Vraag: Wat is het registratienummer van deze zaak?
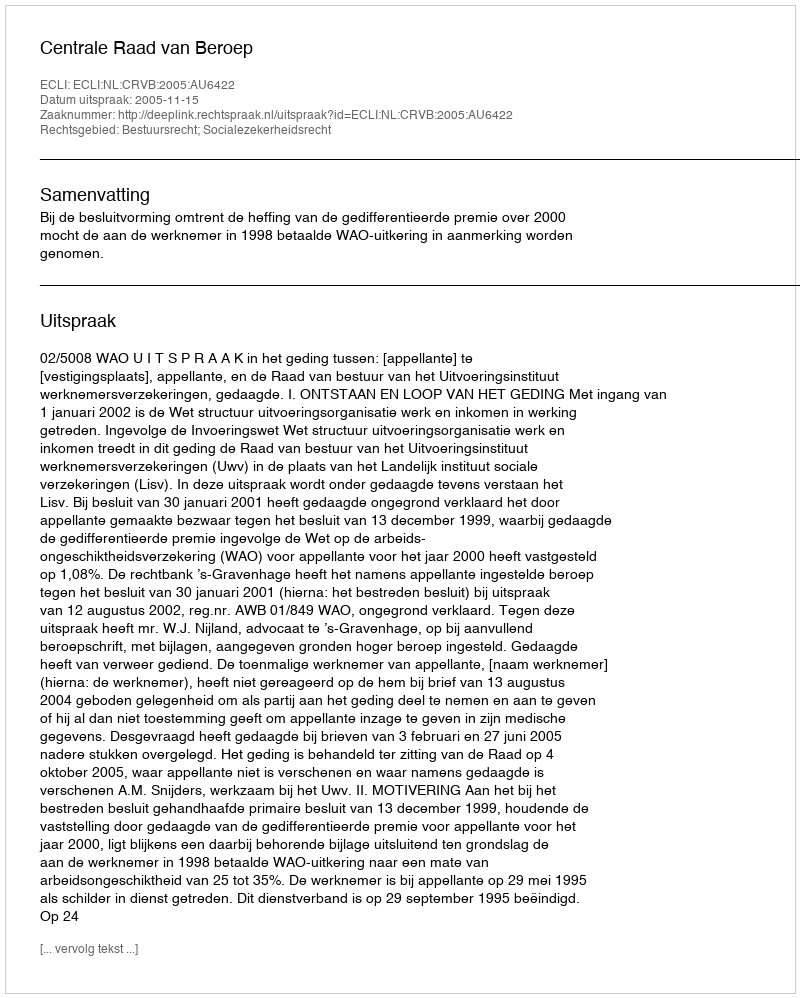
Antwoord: http://deeplink.rechtspraak.nl/uitspraak?id=ECLI:NL:CRVB:2005:AU6422